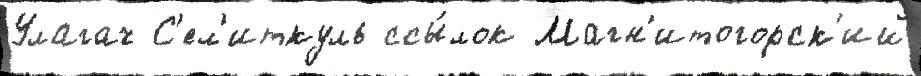
Улагач С'ел'иткуль ссы́лок Магн'итогорск'ий